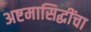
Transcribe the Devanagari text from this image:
अष्टमासिद्धींचा